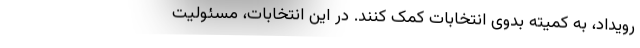
رویداد، به کمیته بدوی انتخابات کمک کنند. در این انتخابات، مسئولیت